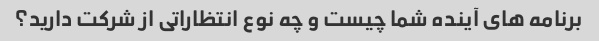
برنامه های آینده شما چیست و چه نوع انتظاراتی از شرکت دارید؟